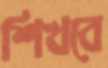
শিখবে